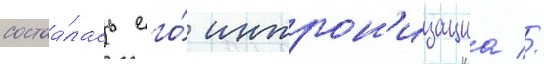
состоа́лась его́ интрон'изациа //